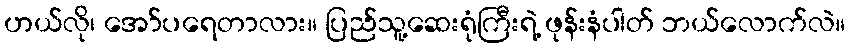
ဟယ်လို၊ အော်ပရေတာလား။ ပြည်သူ့ဆေးရုံကြီးရဲ့ ဖုန်းနံပါတ် ဘယ်လောက်လဲ။